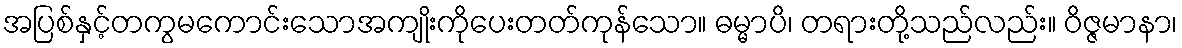
အပြစ်နှင့်တကွမကောင်းသောအကျိုးကိုပေးတတ်ကုန်သော။ ဓမ္မာပိ၊ တရားတို့သည်လည်း။ ဝိဇ္ဇမာနာ၊